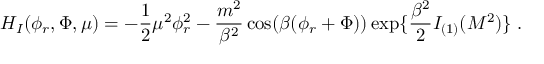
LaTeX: { \cal H } _ { I } ( \phi _ { r } , \Phi , \mu ) = - { \frac { 1 } { 2 } } \mu ^ { 2 } \phi _ { r } ^ { 2 } - { \frac { m ^ { 2 } } { \beta ^ { 2 } } } \cos ( \beta ( \phi _ { r } + \Phi ) ) \exp \{ { \frac { \beta ^ { 2 } } { 2 } } I _ { ( 1 ) } ( { \cal M } ^ { 2 } ) \} \; .